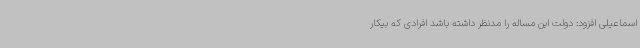
اسماعیلی افزود: دولت این مساله را مدنظر داشته باشد افرادی که بیکار